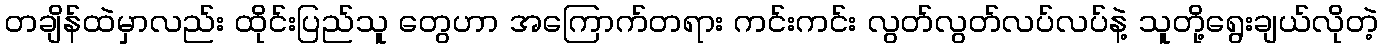
တချိန်ထဲမှာလည်း ထိုင်းပြည်သူ တွေဟာ အကြောက်တရား ကင်းကင်း လွတ်လွတ်လပ်လပ်နဲ့ သူတို့ရွေးချယ်လိုတဲ့